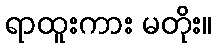
ရာထူးကား မတိုး။